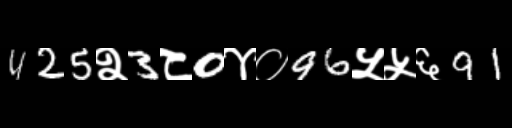
Text: 425२3८0४०96५५६91